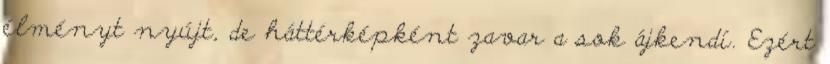
élményt nyújt, de háttérképként zavar a sok ájkendí. Ezért